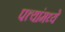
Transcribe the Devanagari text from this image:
पत्त्यांमध्ये